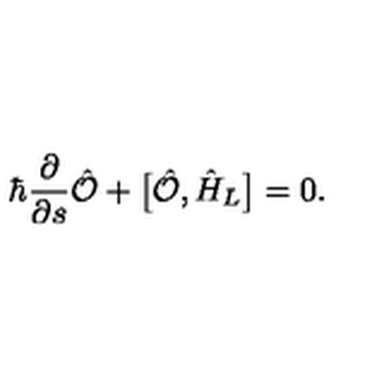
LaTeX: \hbar \frac { \partial } { \partial s } \hat { \cal O } + \bigl [ \hat { \cal O } , \hat { H } _ { L } \bigr ] = 0 .